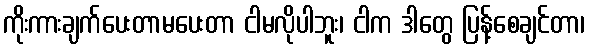
ကိုးကားချက်ပေးတာမပေးတာ ငါမလိုပါဘူး၊ ငါက ဒါတွေ ပြန့်စေချင်တာ၊